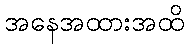
အနေအထားအထိ